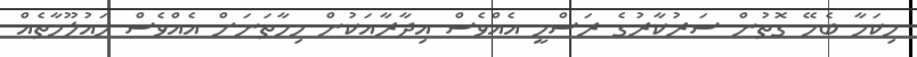
މިކަމާ ބެހޭ ގޮތުން ސަރުކާރުގެ ރަސްމީ އެއްވެސް އިދާރާއަކުން މިހާތަނަށް އެއްވެސް މައުލޫމާތެއް